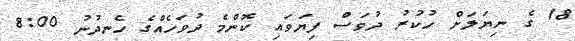
18 ގެ ނިޔަލަށް ހުކުރު ދުވަސް ފިޔަވައި ކޮންމެ ދުވަހެއްގެ ހެނދުނު 8:00